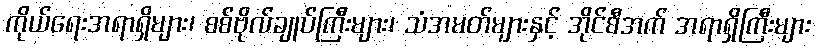
ကိုယ်ရေးအရာရှိများ၊ စစ်ဗိုလ်ချုပ်ကြီးများ၊ သံအမတ်များနှင့် အိုင်စီအက် အရာရှိကြီးများ